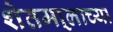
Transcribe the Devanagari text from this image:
शेतमा्लाच्या